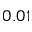
0 . 0 1